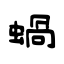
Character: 蝸